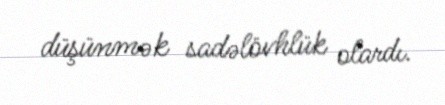
düşünmək sadəlövhlük olardı.